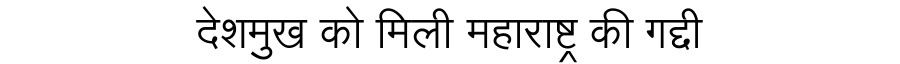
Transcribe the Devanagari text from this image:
देशमुख को मिली महाराष्ट्र की गद्दी